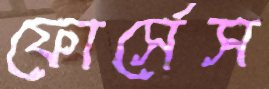
ফোর্সেস